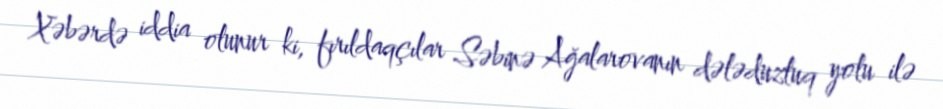
Xəbərdə iddia olunur ki, fırıldaqçılar Səbinə Ağalarovanın dələduzluq yolu ilə